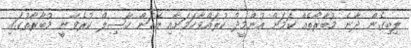
ލިބިގެން ދާނެ މުބާރާތެއް ކަމަށް އުންމީދު ކުރައްވާކަމަށާއި އެކަން ހާސިލް ކުރެވޭނީ މުބާރާތުގައި